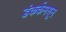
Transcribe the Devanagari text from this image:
डंकर्कमधून